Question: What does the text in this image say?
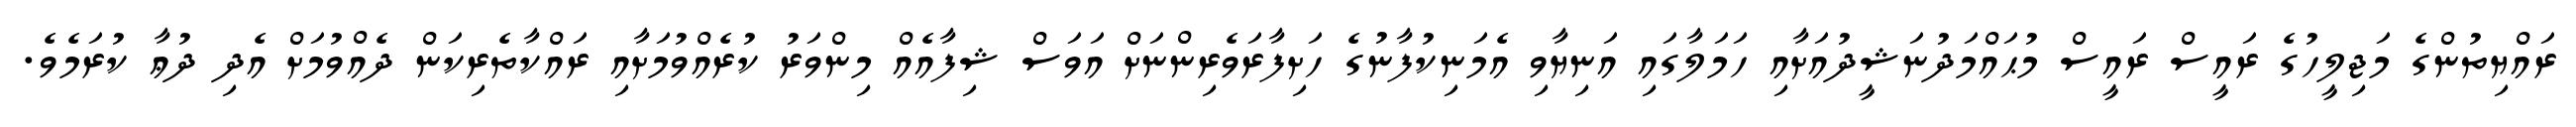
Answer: ރައްޔިތުންގެ މަޖިލީހުގެ ރައީސް ރައީސް މުޙައްމަދުނަޝީދުއަށާއި ހަމަލާގައި އަނިޔާވި އެމަނިކުފާނުގެ ހަށިފާރަވެރިންނަށް އަވަސް ޝިފާއެއް މިންވަރު ކުރެއްވުމަށާއި ރައްކާތެރިކަން ދެއްވުމަށް އެދި ދުޢާ ކުރަމެވެ.